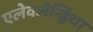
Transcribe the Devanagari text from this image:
एलेक्जेन्ड्रिया